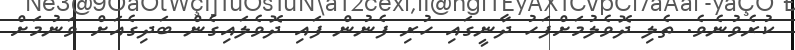
ކުރެވުނެވެ. ތެލި ދޮވެލުމަށްފަހު ދާނީގައި ހުރި ފެނުން ފައި ދޮވެލައިގެން ބަދިގެއަށް ވަނުމަށް